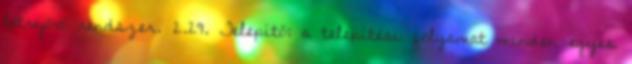
létrejövõ rendszer. 2.29. Telepítõ: a telepítési folyamat minden egyes